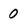
Character: 0